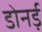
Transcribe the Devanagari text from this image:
डोनर्ड़